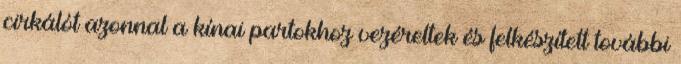
cirkálót azonnal a kínai partokhoz vezéreltek és felkészített további